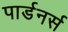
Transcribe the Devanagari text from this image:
पार्डनर्स